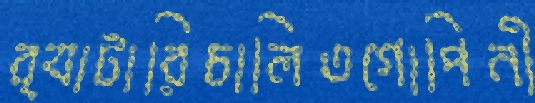
ব্যাটারিচালিতগোপিনী